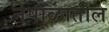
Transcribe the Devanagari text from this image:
नेपाळातील